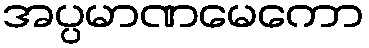
အပ္ပမာဏမေကော